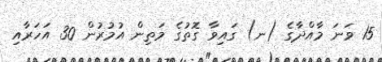
15 ވަނަ މާއްދާގެ (ނ) ގައިވާ ގޮތުގެ މަތިން އުމުރުން 30 އަހަރާއި